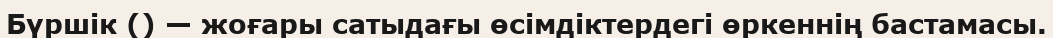
Бүршік () — жоғары сатыдағы өсімдіктердегі өркеннің бастамасы.